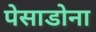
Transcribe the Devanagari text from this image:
पेसाडोना